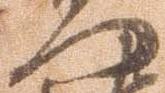
門